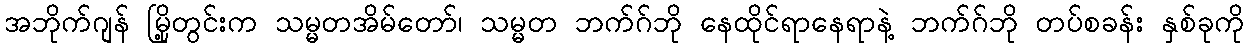
အဘိုက်ဂျန် မြို့တွင်းက သမ္မတအိမ်တော်၊ သမ္မတ ဘက်ဂ်ဘို နေထိုင်ရာနေရာနဲ့ ဘက်ဂ်ဘို တပ်စခန်း နှစ်ခုကို